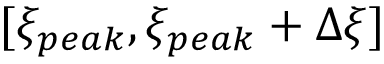
[ \xi _ { p e a k } , \xi _ { p e a k } + \Delta \xi ]